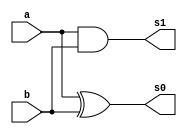
// -------------------------
// Guia 05 - Exemplo0032.v
// Nome: Wender Zacarias Xavier 
// ------------------------- 

//--------------------------------------------------------
//-- Half Sum
//---------------------------------------------------------

module halfsum (output s0, output s1, input a, input b);

   xor XOR1(s0,a,b);
   and AND1(s1,a,b);

endmodule // halfsum

//---------------------------------------------------------


//--------------------------------------------------------
//-- Complete Sum
//---------------------------------------------------------

module completesum (output s0, output s1,input CarryIn, input a, input b);

	wire carryout1;	
	wire shs;
	wire carryout2;	
	
   
   halfsum HF1(shs,carryout1,a,b);
   halfsum HF2(s0,carryout2,CarryIn,shs);
   or OR1 (s1,carryout1,carryout2);

endmodule // completesum

//---------------------------------------------------------

//--------------------------------------------------------
//-- Full Subtractor / Sum
//---------------------------------------------------------

module fullsubs (output s0, output s1,input a, input b, input selec, input cin);

	wire carryout1;	
	wire shs;
	wire carryout2;	
	
   
   xor XOR1(sxor,b,selec);
   completesum CS(s0,s1,a,sxor,cin);


endmodule // fullsubs

//---------------------------------------------------------

module ex0032 (output result,
	       input [5:0] a,
	       input [5:0] b,
	       input selec);
	
	wire s0;
	wire s1;
	wire s2;
	wire s3;
	wire s4;
	wire s5;
	wire circ1;
	wire circ2;
	wire circ3;
	wire circ4;
	wire circ5;	


	fullsubs FULL1 (s0,circ1,a[0],b[0],selec,selec);
	fullsubs FULL2 (s1,circ2,a[1],b[1],circ1,selec);
	fullsubs FULL3 (s2,circ3,a[2],b[2],circ2,selec);
	fullsubs FULL4 (s3,circ4,a[3],b[3],circ3,selec);
	fullsubs FULL5 (s4,circ5,a[4],b[4],circ4,selec);
	fullsubs FULL6 (s5,s6,a[5],b[5],circ5,selec);
	nor NOR1 (result,s0,s1,s2,s3,s4,s5);
	

endmodule // ex0032 ;

	module test_ex0032; 
	
// ------------------------- definir dados 
           	reg [5:0] x; 
           	reg [5:0] y; 
		reg sel;	
	wire result;
		  
	ex0032 ERROR (result,x,y,sel);
		
// ------------------------- parte principal
 initial begin
 	x = 6'b000000;		y=6'b111111;	sel = 1;		
   $display("Exerccio 0032.v - Wender Zacarias Xavier - 427472");
	$display("Test Somador Algbrico selecionvel (CarryIn)");
	$display("\n *** Resultado ***  ");
	$display("\n Resultado da Operao = 0 \n ( 1=SIM / 0=No )\n");
	$monitor("x=%b	 y=%b	CarryIn = %b   \n  Resultado = %b  \n\n",x,y,sel,result);

#1 x=6'b001111;	y = 6'b111011;
#1 sel= 6'b111111;
#1 x=6'b001111;	y = 6'b001111;
#1 x=6'b000000; y = 6'b000000;
#1 x=6'b010011;	y = 6'b110011;

	
		end

endmodule //Exemplo0032